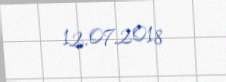
12.07.2018